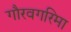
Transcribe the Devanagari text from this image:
गौरवगरिमा